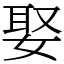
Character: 娶